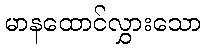
မာနထောင်လွှားသော